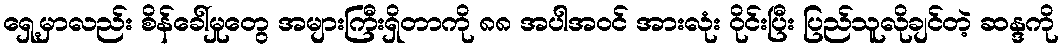
ရှေ့မှာလည်း စိန်ခေါ်မှုတွေ အများကြီးရှိတာကို ၈၈ အပါအဝင် အားလုံး ဝိုင်းပြီး ပြည်သူလိုချင်တဲ့ ဆန္ဒကို